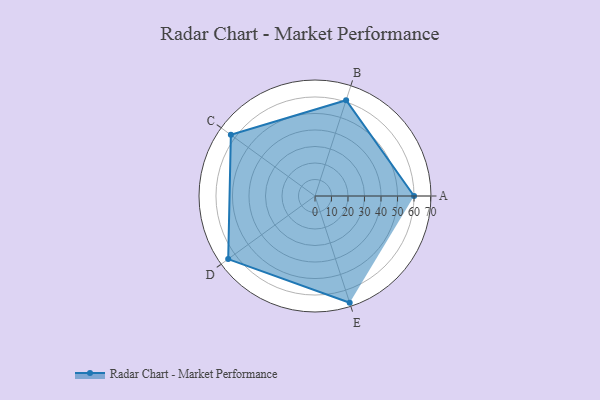
{"axis": {"x": "Skill", "y": "Score"}, "legend": ["Profile"], "data": [{"x": "A", "y": 60.0, "type": "Profile"}, {"x": "B", "y": 61.0, "type": "Profile"}, {"x": "C", "y": 63.0, "type": "Profile"}, {"x": "D", "y": 65.0, "type": "Profile"}, {"x": "E", "y": 68.0, "type": "Profile"}]}